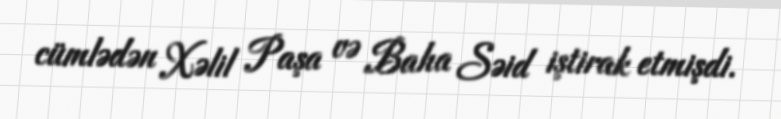
cümlədən Xəlil Paşa və Baha Səid iştirak etmişdi.